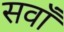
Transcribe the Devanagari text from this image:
सवाँ